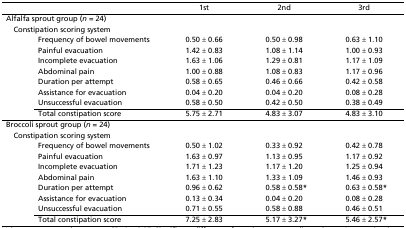
|  |  | 1st | 2nd | 3rd |
 | --- | --- | --- | --- | --- |
 | <COLSPAN=2> Alfalfa sprout group (n = 24) |  |  |  |
 | <COLSPAN=2> Constipation scoring system |  |  |  |
 |  | Frequency of bowel movements | 0.50 ± 0.66 | 0.50 ± 0.98 | 0.63 ± 1.10 |
 |  | Painful evacuation | 1.42 ± 0.83 | 1.08 ± 1.14 | 1.00 ± 0.93 |
 |  | Incomplete evacuation | 1.63 ± 1.06 | 1.29 ± 0.81 | 1.17 ± 1.09 |
 |  | Abdominal pain | 1.00 ± 0.88 | 1.08 ± 0.83 | 1.17 ± 0.96 |
 |  | Duration per attempt | 0.58 ± 0.65 | 0.46 ± 0.66 | 0.42 ± 0.58 |
 |  | Assistance for evacuation | 0.04 ± 0.20 | 0.04 ± 0.20 | 0.08 ± 0.28 |
 |  | Unsuccessful evacuation | 0.58 ± 0.50 | 0.42 ± 0.50 | 0.38 ± 0.49 |
 |  | Total constipation score | 5.75 ± 2.71 | 4.83 ± 3.07 | 4.83 ± 3.10 |
 | <COLSPAN=2> Broccoli sprout group (n = 24) |  |  |  |
 | <COLSPAN=2> Constipation scoring system |  |  |  |
 |  | Frequency of bowel movements | 0.50 ± 1.02 | 0.33 ± 0.92 | 0.42 ± 0.78 |
 |  | Painful evacuation | 1.63 ± 0.97 | 1.13 ± 0.95 | 1.17 ± 0.92 |
 |  | Incomplete evacuation | 1.71 ± 1.23 | 1.17 ± 1.20 | 1.25 ± 0.94 |
 |  | Abdominal pain | 1.63 ± 1.10 | 1.33 ± 1.09 | 1.46 ± 0.93 |
 |  | Duration per attempt | 0.96 ± 0.62 | 0.58 ± 0.58* | 0.63 ± 0.58* |
 |  | Assistance for evacuation | 0.13 ± 0.34 | 0.04 ± 0.20 | 0.08 ± 0.28 |
 |  | Unsuccessful evacuation | 0.71 ± 0.55 | 0.58 ± 0.88 | 0.46 ± 0.51 |
 |  | Total constipation score | 7.25 ± 2.83 | 5.17 ± 3.27* | 5.46 ± 2.57* |